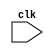
module processor(clk);
input clk;

reg [5:0]pc;
reg [31:0] IR;
reg [2:0]type;
reg [7:0]A,B;
reg [15:0]ALU_out;

reg [7:0]regbank[0:31];
reg [7:0]D_mem[0:255];
reg [31:0]I_mem[0:63];

parameter MVI = 6'b000000, MOV = 6'b000001, LOAD = 6'b000010, STORE = 6'b000011, ADD = 6'b000100,
	  SUB = 6'b000101, NEG = 6'b000110, MUL = 6'b000111, DIV = 6'b001000, OR = 6'b001001,
	  XOR = 6'b001010, NAND = 6'b001011, NOR = 6'b001100, NXOR = 6'b001101, NOT = 6'b001110,
	  LLSH = 6'b001111, LRSH = 6'b010000 , HLT = 6'b111111;

parameter im = 3'b000 , rm= 3'b001 ,  ld = 3'b010 , st = 3'b011 , al = 3'b100 , halt = 3'b101;

reg halted;

always @(posedge clk)  //fetch
begin
	if(halted == 0)
	begin
		IR <= I_mem[pc];
		#2 pc <= pc + 1; 
	end
end

always @(IR)//decode
begin
	if(halted == 0)
	begin
		case(IR[31:26])
			MVI : type <= im;
			MOV : type <= rm;
			LOAD : type <= ld;
			STORE : type <= st;
			ADD,SUB,NEG,MUL,DIV,OR,XOR,NAND,NOR,NXOR,NOT,LLSH,LRSH : type <= al;
			HLT : type <=  halt;
			default : type <= halt;
		endcase
	end
end

always@(IR)//EXECUTE
begin
	if(halted == 0)
	begin
		#2
		case(type)
			im : regbank[IR[25:21]] <= IR[7:0];
			rm : regbank[IR[25:21]] <= regbank[IR[4:0]];
			ld : regbank[IR[25:21]] <= D_mem[IR[7:0]];
			st : D_mem[IR[25:18]] <= regbank[IR[4:0]];
			al : begin
					A = regbank[IR[4:0]];
					B = regbank[IR[9:5]];
					case(IR[31:26])
						ADD : ALU_out <=  A + B;
						SUB : ALU_out <=  B - A;
						NEG : ALU_out <=  -A; 
						MUL : ALU_out <=  B*A;
						DIV : ALU_out <=  B/A;
						OR : ALU_out <=   B|A;
						XOR : ALU_out <=  B^A;
						NAND : ALU_out <= ~(B & A);
						NOR : ALU_out <=  ~(B | A);
						NXOR : ALU_out <= ~(B^A);
						NOT : ALU_out <=  ~A;
						LLSH : ALU_out <= B<<A;
						LRSH  : ALU_out <= B>>A;
					endcase
				end
			default : ALU_out <= 16'dX;
		endcase
	end
end

always@(ALU_out)//writeback
begin
	if(halted == 0)
	begin
		case(type)
			al: regbank[IR[25:16]] <= ALU_out;
			halt : halted <= 1;
			default: $display("ERROR at Writeback");
		endcase
	end
end

endmodule